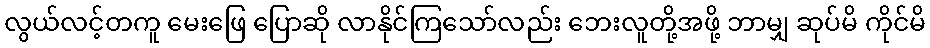
လွယ်လင့်တကူ မေးဖြေ ပြောဆို လာနိုင်ကြသော်လည်း ဘေးလူတို့အဖို့ ဘာမျှ ဆုပ်မိ ကိုင်မိ